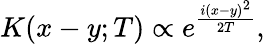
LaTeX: K(x-y;T)\propto e^{\frac{i(x-y)^{2}}{2T}},